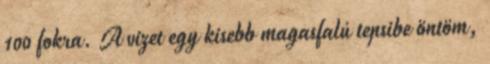
100 fokra. A vizet egy kisebb magasfalú tepsibe öntöm,